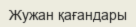
Жужан қағандары